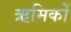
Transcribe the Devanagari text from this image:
ऋमिकों